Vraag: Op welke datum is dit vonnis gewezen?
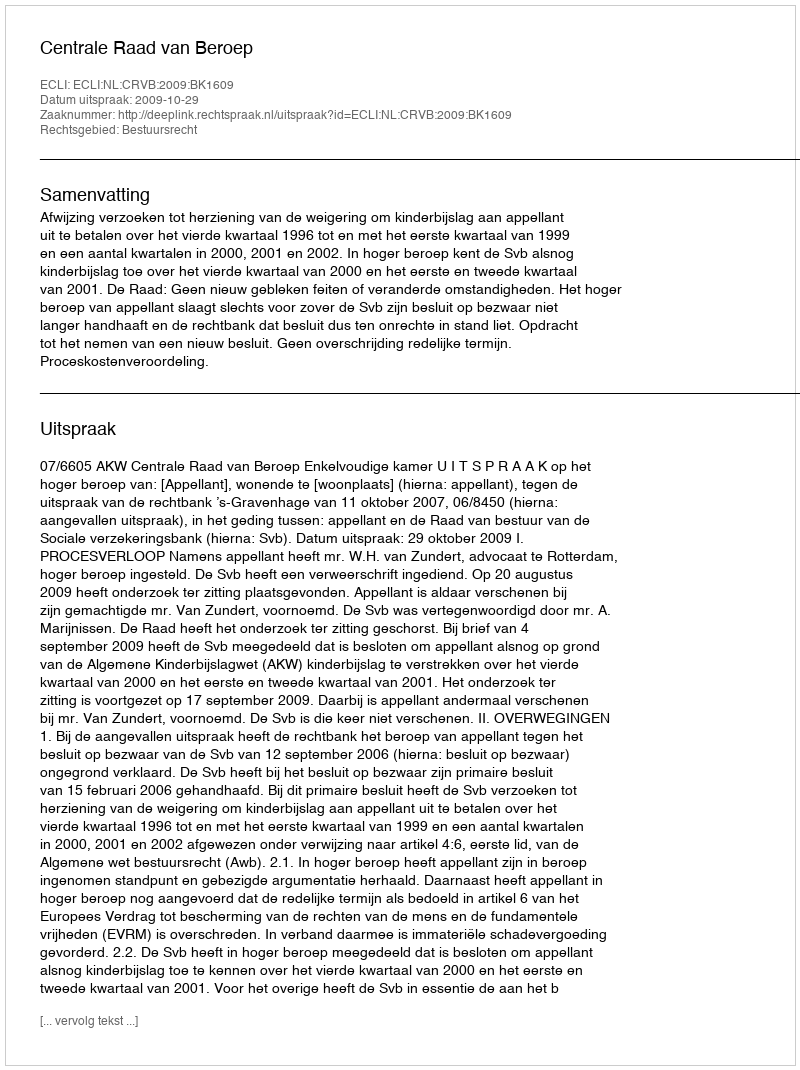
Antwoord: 2009-10-29